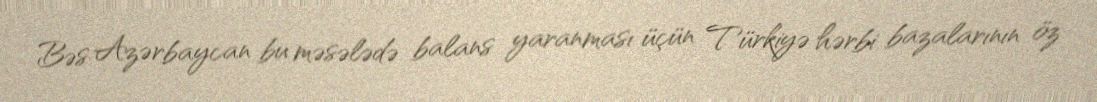
Bəs Azərbaycan bu məsələdə balans yaranması üçün Türkiyə hərbi bazalarının öz